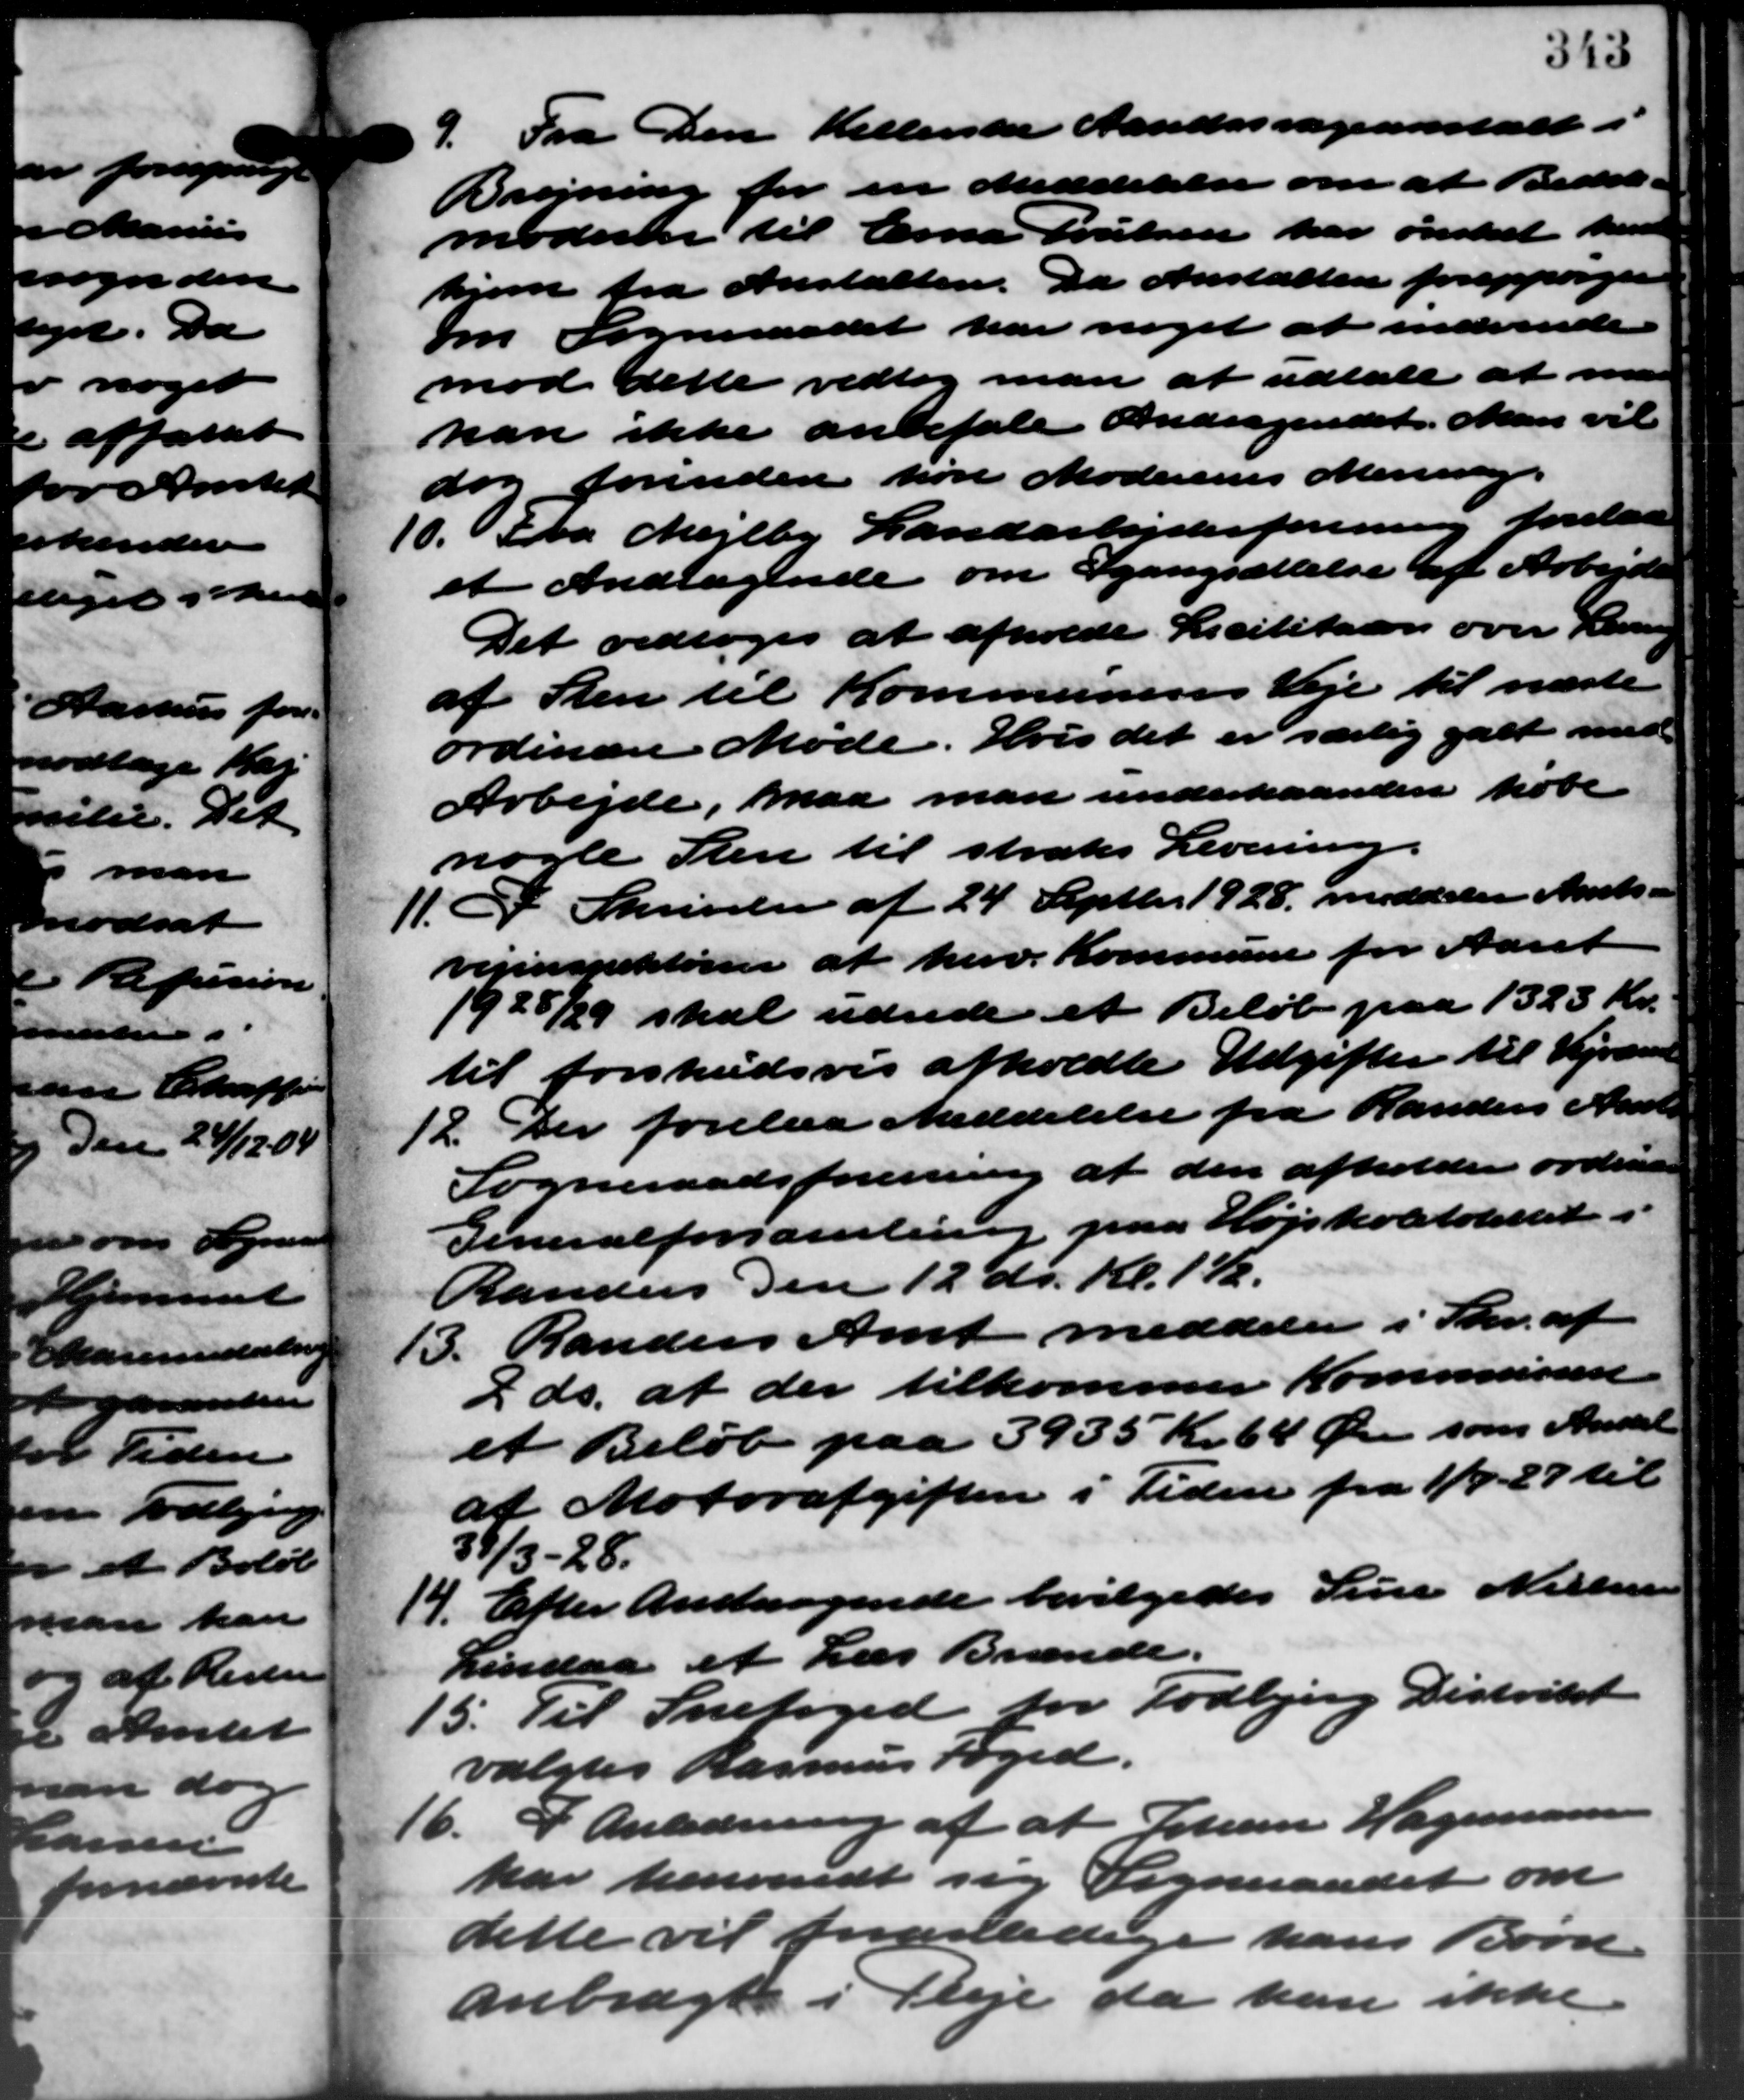
Transskription:
9. Fra Den Kellerske Aandssvageanstalt i
9. Fra Den Kellerske Aandssvageanstalt i
Brejning for en Meddelelse om at Bedel-
moderen til Erna Poulsen har ønsket hende
hjem fra Anstalten. Da Anstalten forespørge
om Sogneraadet har noget at indvende
mod dette vedtog man at udtale at man
kan ikke anbefale Andragendet. Man vil
dog forinden høre Moderens Mening.
10. Fra Mejlby Landarbejderforening forelaa
10. Fra Mejlby Landarbejderforening forelaa
at Andragende om Igangsættelse af Arbejde
Det vedtoges at afholde Licititation over Lening
af Sten til Kommunens Veje til næste
ordinære Møde. Hvis det er særlig galt med
Arbejde, maa man underhaanden købe
nogle Sten til straks Levering.
11. I Skrivelse af 24 Septbr. 1928 meddeler Amts –
11. I Skrivelse af 24 Septbr. 1928 meddeler Amts –
vejinspektøren at herv. Kommune for Aaret
1928/29 skal udrede et Beløb paa 1323 Kr.
til forskudsvis afholdte Udgifter til Vejvæsen
12. Der forelaa Meddelelse fra Randers Amts
12. Der forelaa Meddelelse fra Randers Amts
Sogneraadsforening af den afholder ordinære
Generalforsamling paa Højskoletolettet i
Randers den 12´ ds. Kl. 11.
13. Randers Amt meddeler i Skr. af
13. Randers Amt meddeler i Skr. af
7 ds. at der tilkommer Kommunen
et Beløb paa 3935 Kr. 64 Øre som Andel
af Motorafgiften i Tiden fra 1/4 - 27 til
39/3-28.
14. Efter Andragende bevilgedes Sine Nielsen
14. Efter Andragende bevilgedes Sine Nielsen
Lindaa et Læs Brænde.
15. Til Snefoged for Todbjerg Distrikt
15. Til Snefoged for Todbjerg Distrikt
valgtes Rasmus Foged.
16. I Anledning af at Johan Hagemand
16. I Anledning af at Johan Hagemand
har henvendt sig Sogneraadet om
dette vil foranledige hans Børn
anbragte i Pleje da han ikke